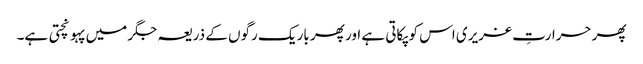
پھر حرارتِ غریری اس کو پکاتی ہے اور پھر باریک رگوں کے ذریعہ جگر میں پہونچتی ہے۔